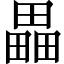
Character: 畾